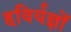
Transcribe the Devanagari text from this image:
हविर्यज्ञों